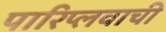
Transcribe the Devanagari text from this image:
पारिप्लवाची